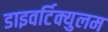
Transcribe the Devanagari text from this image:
डाइवर्टिक्युलम